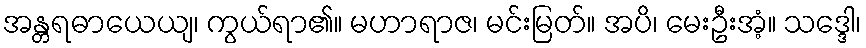
အန္တရဓာယေယျ၊ ကွယ်ရာ၏။ မဟာရာဇ၊ မင်းမြတ်။ အပိ၊ မေးဦးအံ့။ သဒ္ဒေါ၊